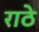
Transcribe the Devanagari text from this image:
राठे